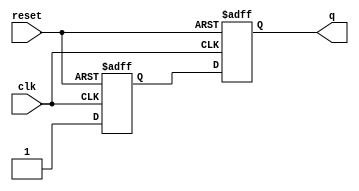
module dff_const3(input clk, input reset, output reg q);
reg q1;

always @(posedge clk, posedge reset)
begin
	if(reset)
	begin
		q <= 1'b1;
		q1 <= 1'b0;
	end
	else
	begin
		q1 <= 1'b1;
		q <= q1;
	end
end

endmodule